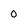
Character: 0